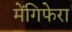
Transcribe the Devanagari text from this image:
मेंगिफेरा